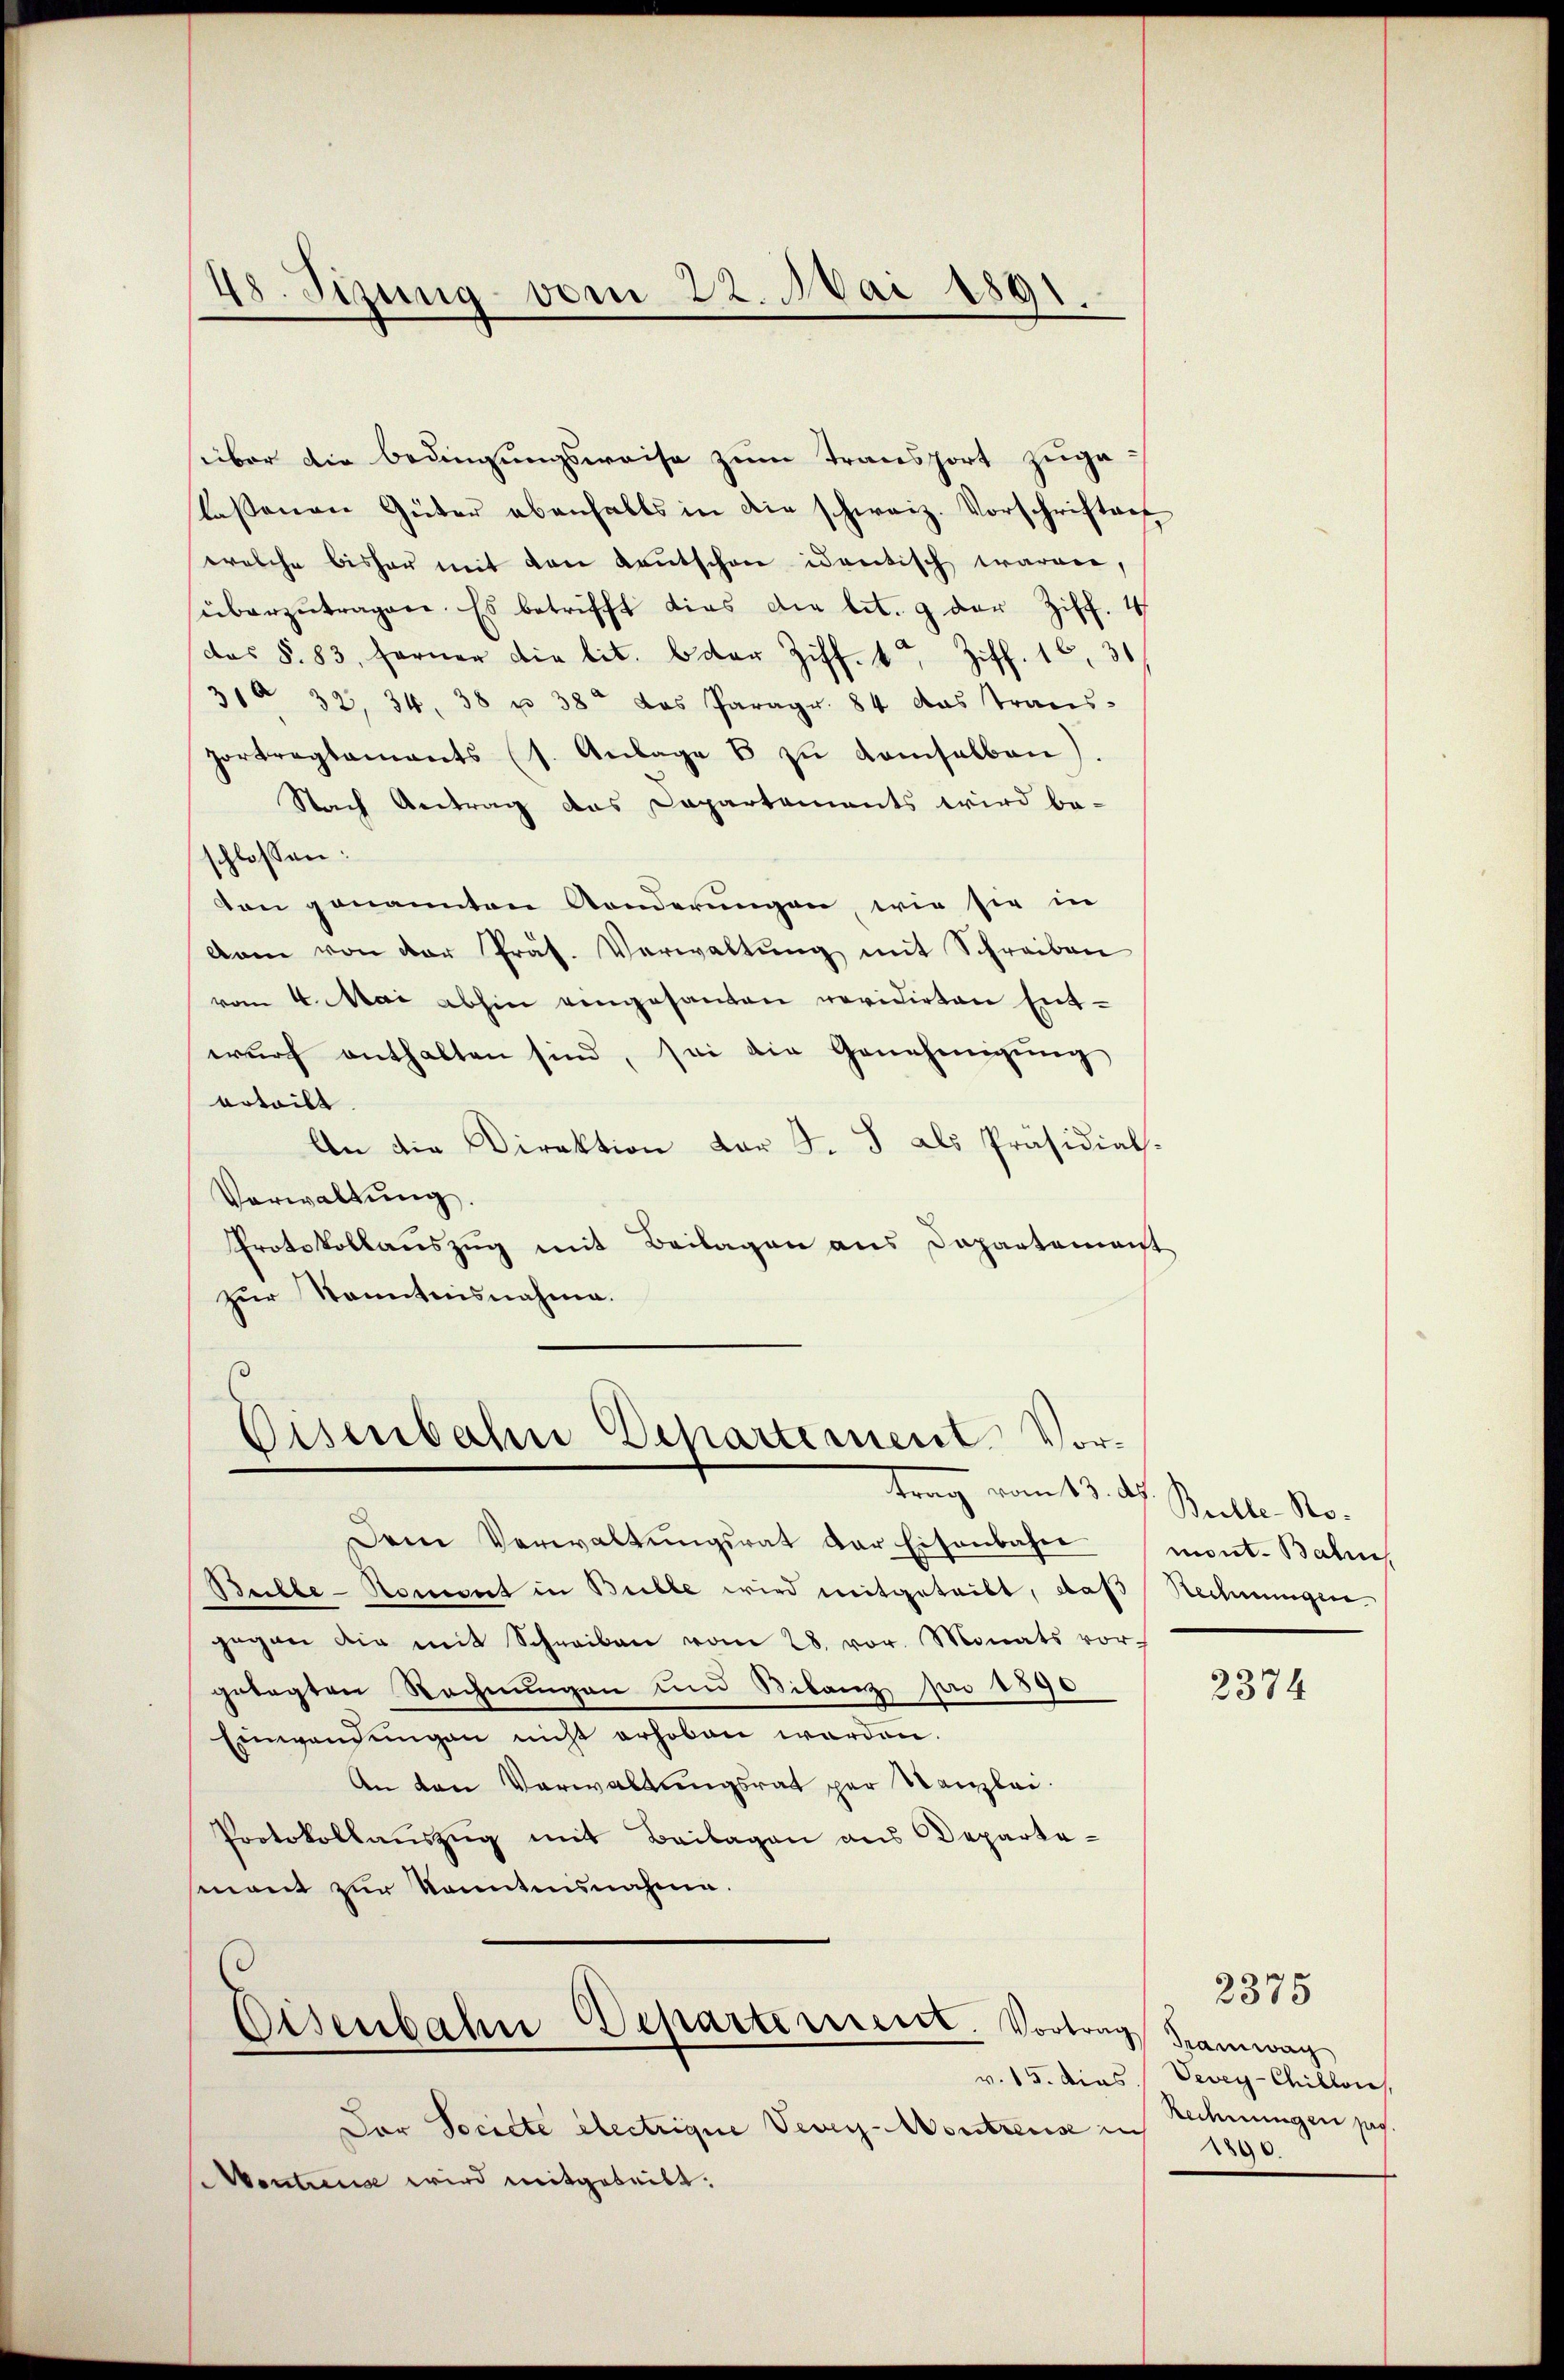
süber die Bedingungsweise zum Transport zugelassenen Güter ebenfalls in die schweiz. Vorschriften
welche bisher mit den Kautschon identisch waren,
überzŭtragen. Es betrifft dies die lit. 9 der Ziff. 4
(das §. 83, ferner die lit. Oder Ziff. 1 Ziff. 16, 30
31 32. 34. 38 u. 38 das Paragr. 84 das Trans-
portragtaments (s. Anlage 8 zu demselben)
Nach Antrag das Capartements wird be-
schlossen:
von genannten Aenderungen, wie sie in
dam von der Präs. Verwaltŭng mit Schreiben
vom 4. Mai abhin eingesanten revidirten Ent-
wurf enthalten sind, sei die Genehmigung
erteilt.
An die Direktion der J. J. als Präsidial-
Vorwaltung.
Protokollauszug mit Beilagen aus Departement
zur Kenntnisnahme.

48. Sizung vom 22. Mai 1891.

Eisenbahn Departement. Vor-

Dem Verwaltŭngsrat der Eisenbahn
Bechbe-Homent in Brille wird mitgeteibt, daß Rechnungen
gegen die mit Schreiben vom 28. vor. Monats vor-
gelegten Rechnungen und Bilanz pro 1890
Einwendungen nicht erhoben worden.
An den Verwaltungsrat per Kanzlei.
Protokollaŭszŭg mit Beilagen aus Departe-
mont zur kanntnisnahme.

Eisenbahne Departerrieret. Vortrag Tramwag

Dor Societe Electrigue Vevey-Montreuse in
Montreuse wird mitgeteilt.

trag vom 13. M. Belle Romont. Balin

2374

2375

v. 15. dies Vevey-Chillon
Redenungen pag.
0.